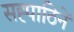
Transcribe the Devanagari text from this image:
सह्पाठिनें